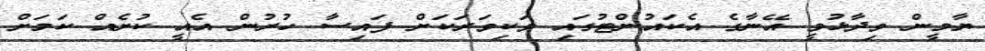
ޔާމީން ވިދާޅުވީ އޭނާގެ އެކައުންޓުގައި ވަކިވަރަކަށް ފައިސާ ހުރުން އެއީ ކުށެއް ކަމަށް